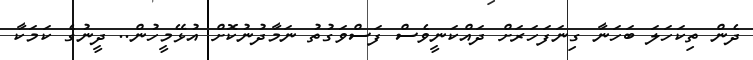
ދެން ތިކަހަލަ ބަހަނާ ގިނަފަހަރަށް ދައްކަނީވެސް ފަސްވަގުތު ނަމާދުނުކޮށް އުޅޭމީހުން.. ދީނުގެ ކަމަކާ